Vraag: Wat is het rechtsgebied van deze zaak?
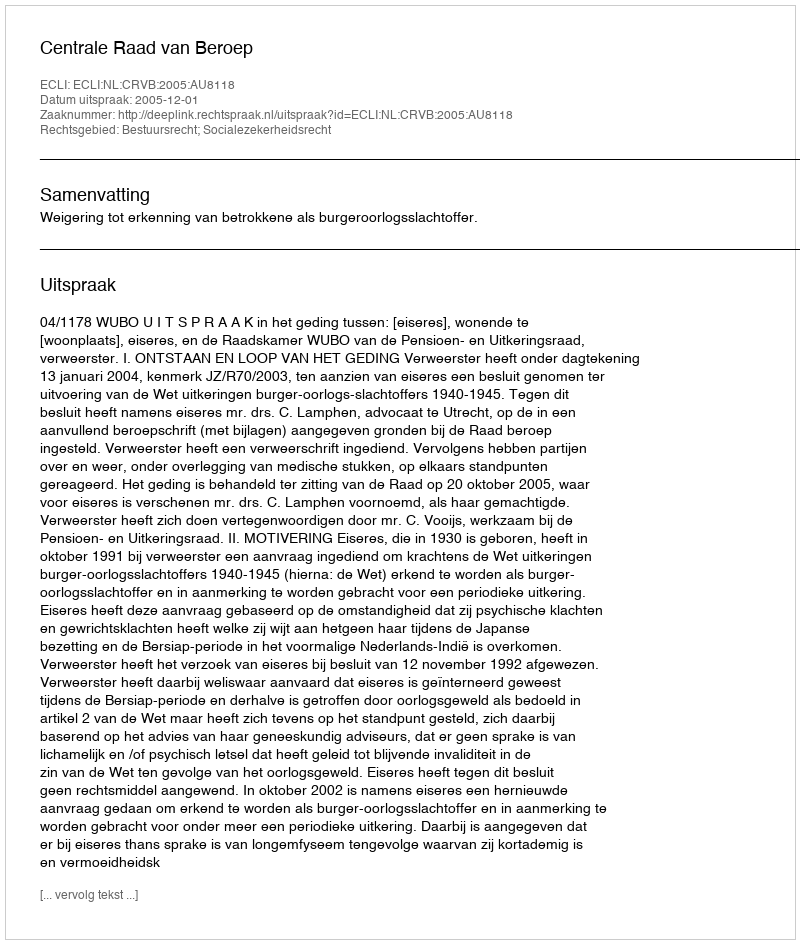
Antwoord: Bestuursrecht; Socialezekerheidsrecht